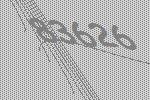
83626